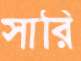
সারি